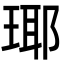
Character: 瑘